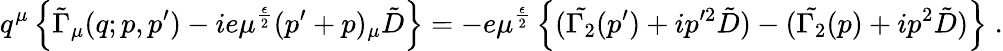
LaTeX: q^{\mu}\left\{ \tilde{\Gamma}_{\mu}(q;p,p^{\prime})-ie\mu^{\frac{\epsilon}{2}}(p^{\prime}+p)_{\mu}\tilde{D}\right\} =-e\mu^{\frac{\epsilon}{2}}\left\{ (\tilde{\Gamma_{2}}(p^{\prime})+ip^{\prime 2}\tilde{D})-(\tilde{\Gamma_{2}}(p)+ip^{2}\tilde{D})\right\} \; .